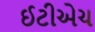
ઈટીએચ